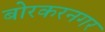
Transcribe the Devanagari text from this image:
बोरकरनगर